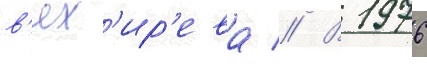
в'ях'ир'ева // В 1976